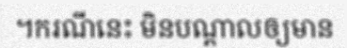
។ករណីនេះ មិនបណ្តាលឲ្យមាន